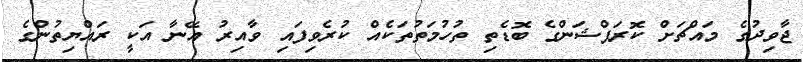
ޖާވިދުގެ މައްޗަށް ކޮރަޕްޝަންގެ ބޮޑެތި ތުހުމަތުތަކެއް ކުރެވިފައި ވާއިރު އޭނާ އަކީ ރައްޔިތުންގެ